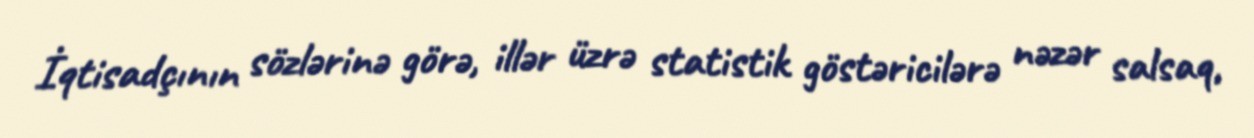
İqtisadçının sözlərinə görə, illər üzrə statistik göstəricilərə nəzər salsaq,